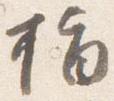
指